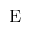
\mathrm { E }